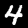
Digit: 4